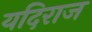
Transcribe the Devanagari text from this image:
यदिराज